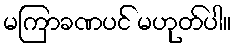
မကြာခဏပင် မဟုတ်ပါ။